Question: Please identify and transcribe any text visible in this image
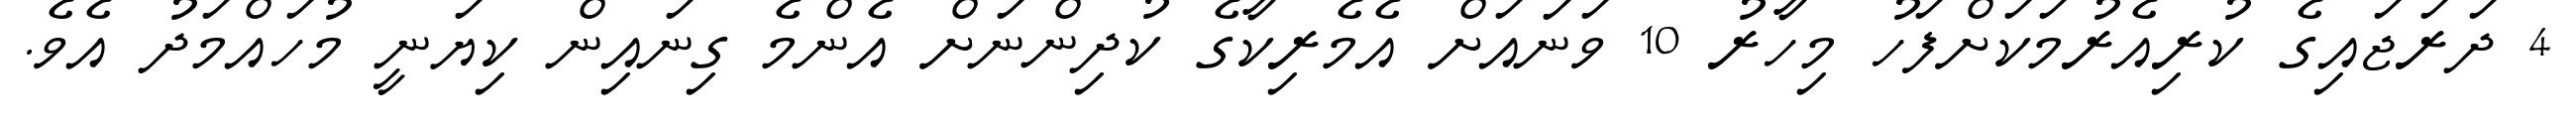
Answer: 4 ދަރަޖައިގެ ކުރިއެރުމަކަށްފަހު މިހާރު 10 ވަނައަށް އެމެރިކާގެ ކުދިންނަށް އެންމެ ގިނައިން ކިޔަނީ މުހައްމަދު އެވެ.